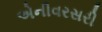
એનીવરસરી